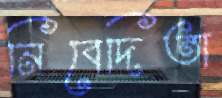
নিবেদিতা